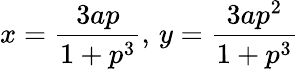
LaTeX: x={\frac{3ap}{1+p^{3}}},\, y={\frac{3ap^{2}}{1+p^{3}}}